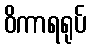
ဝိကာရရုပ်